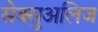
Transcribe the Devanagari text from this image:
सेक्सुअलिज